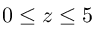
0 \leq z \le 5